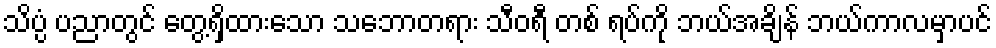
သိပ္ပံ ပညာတွင် တွေ့ရှိထားသော သဘောတရား သီဝရီ တစ် ရပ်ကို ဘယ်အချိန် ဘယ်ကာလမှာပင်